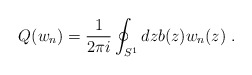
\begin{align*}Q(w_{n})=\frac{1}{2\pi i}\oint_{S^{1}}dz b(z)w_{n}(z)\;.\end{align*}